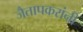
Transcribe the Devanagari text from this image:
जैतापकरांनी